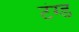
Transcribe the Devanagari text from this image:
टंग्ड